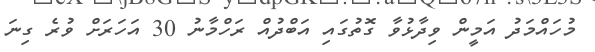
މުހައްމަދު އަމީން ވިދާޅުވާ ގޮތުގައި އަބްދުއް ރަހްމާނު 30 އަހަރަށް ވުރެ ގިނަ